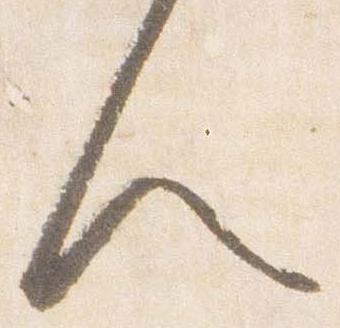
人